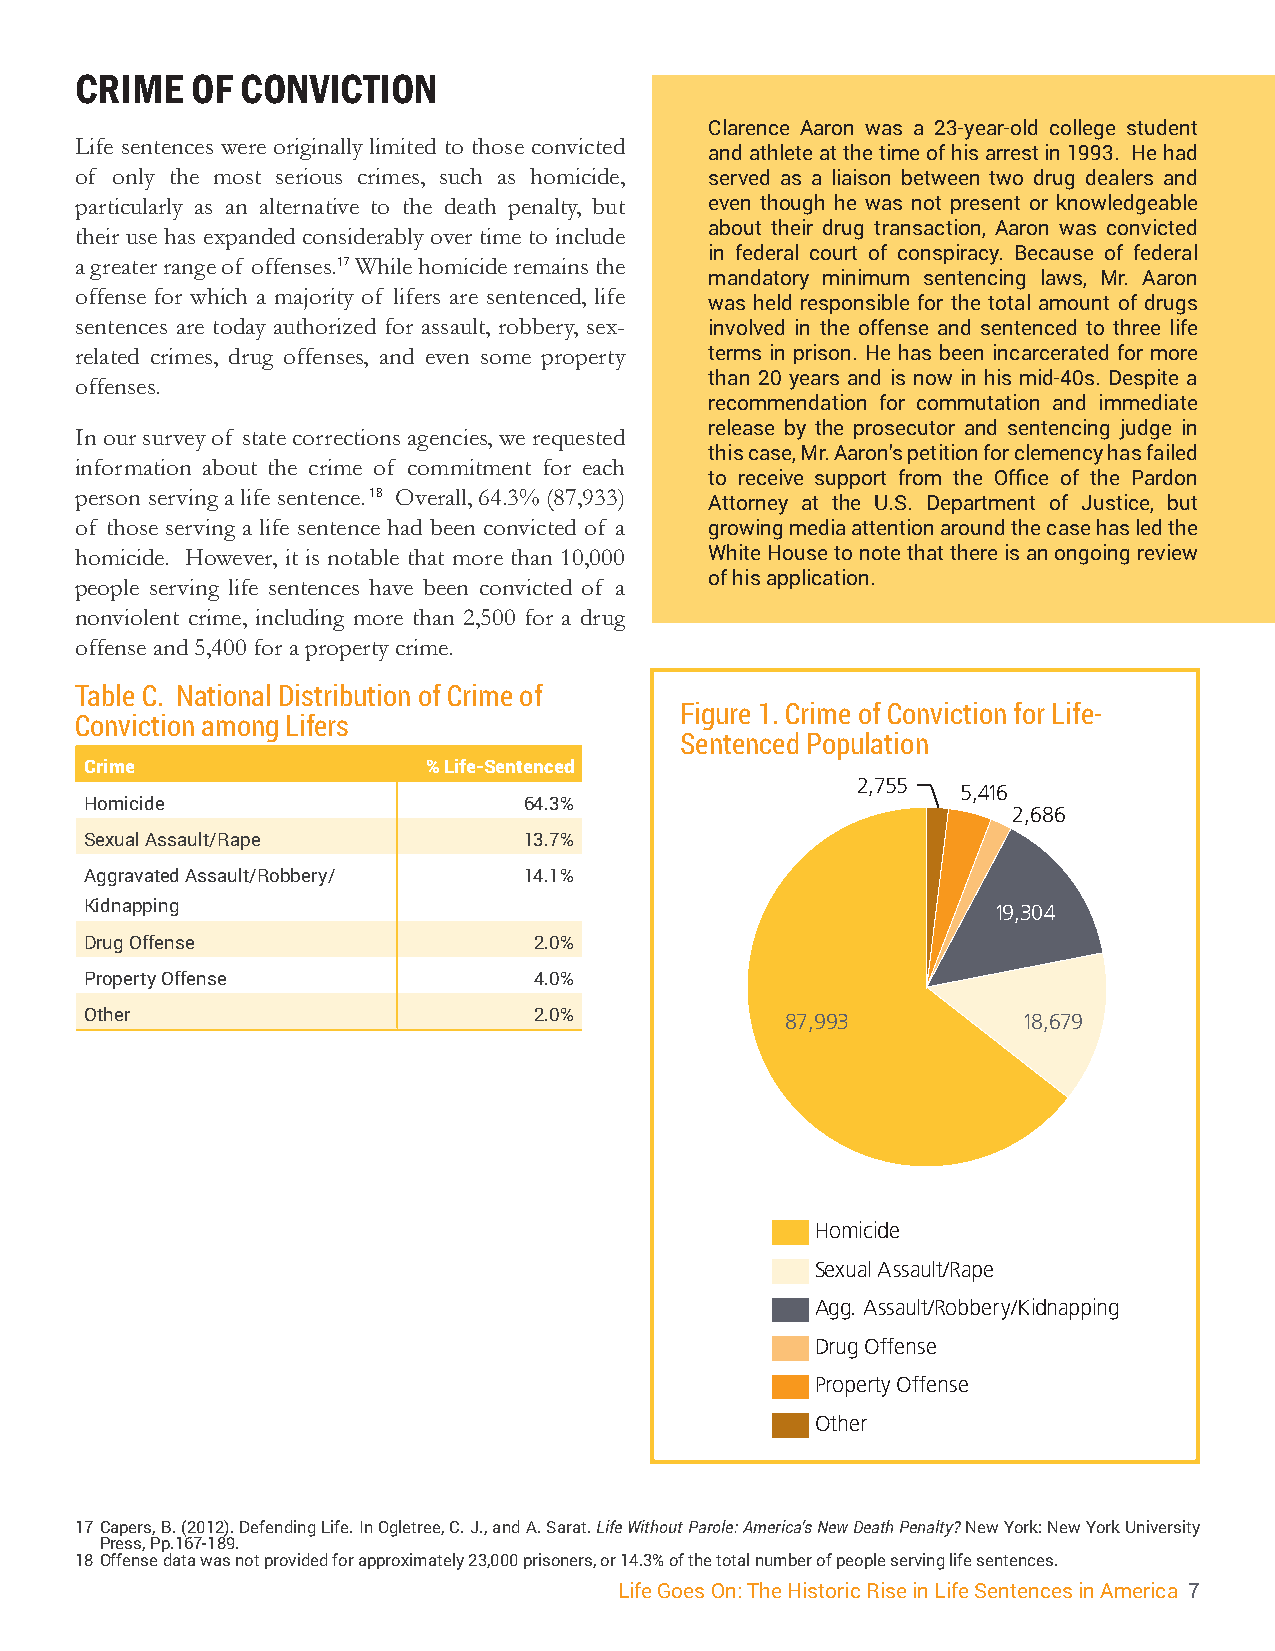
CRIME   OF CONVICTION
 Clarence Aaron was a 23-year-old college student
 Life sentences were originally limited to those convicted
 and athlete at the time of his arrest in 1993. He had
 of only the most serious crimes, such as homicide, served as a liaison between two drug dealers and
 particularly as an alternative to the death penalty, but even though he was not present or knowledgeable
 about their drug transaction, Aaron was convicted
 their use has expanded considerably over time to include
 in federal court of conspiracy. Because of federal
 a greater range of offenses.17 While homicide remains the
 mandatory minimum sentencing laws, Mr. Aaron
 offense for which a majority of lifers are sentenced, life
 was held responsible for the total amount of drugs
 sentences are today authorized for assault, robbery, sex- involved in the offense and sentenced to three life
 related crimes, drug offenses, and even some property terms in prison. He has been incarcerated for more
 than 20 years and is now in his mid-40s. Despite a
 offenses.
 recommendation for commutation and immediate
 release by the prosecutor and sentencing judge in
 In our survey of state corrections agencies, we requested
 this case, Mr. Aaron’s petition for clemency has failed
 information about the crime of commitment for each
 to receive support from the Office of the Pardon
 person serving a life sentence. 18 Overall, 64.3% (87,933)
 Attorney at the U.S. Department of Justice, but
 of those serving a life sentence had been convicted of a growing media attention around the case has led the
 homicide. However, it is notable that more than 10,000 White House to note that there is an ongoing review
 of his application.
 people serving life sentences have been convicted of a
 nonviolent crime, including more than 2,500 for a drug
 offense and 5,400 for a property crime.
 Table C. National Distribution of Crime of
 Figure 1. Crime of Conviction for Life-
 Conviction among Lifers
 Sentenced Population
 Crime                 % Life-Sentenced
 2,755
 5,416
 Homicide                     64.3%
 2,686
 Sexual Assault/Rape          13.7%
 Aggravated Assault/Robbery/  14.1%
 Kidnapping                                                  19,304
 Drug Offense                 2.0%
 Property Offense             4.0%
 Other                        2.0%             87,993          18,679
 Homicide
 Sexual Assault/Rape
 Agg. Assault/Robbery/Kidnapping
 Drug Offense
 Property Offense
 Other
 17 Capers, B. (2012). Defending Life. In Ogletree, C. J., and A. Sarat. Life Without Parole: America’s New Death Penalty? New York: New York University
 Press, Pp.167-189.
 18 Offense data was not provided for approximately 23,000 prisoners, or 14.3% of the total number of people serving life sentences.
 Life Goes On: The Historic Rise in Life Sentences in America 7